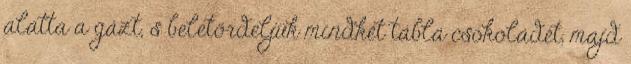
alatta a gázt, s beletördeljük mindkét tábla csokoládét, majd